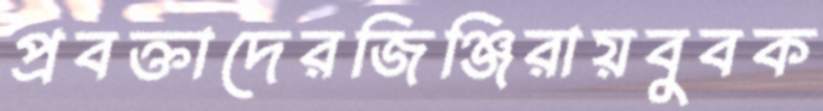
প্রবক্তাদেরজিঞ্জিরায়বুবক